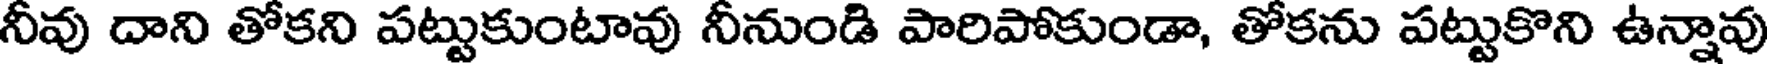
నీవు దాని తోకని పట్టుకుంటావు నీనుండి పారిపోకుండా, తోకను పట్టుకొని ఉన్నావు